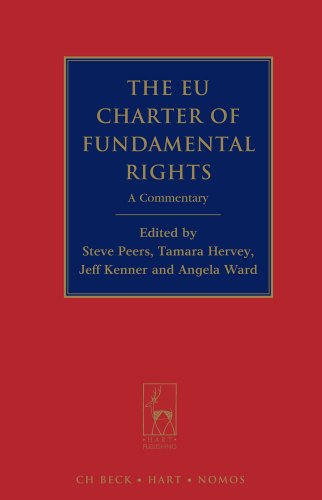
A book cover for The EU Charter of Fundamental Rights: A Commentary; Law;